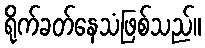
ရိုက်ခတ်နေသံဖြစ်သည်။